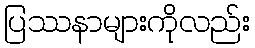
ပြဿနာများကိုလည်း